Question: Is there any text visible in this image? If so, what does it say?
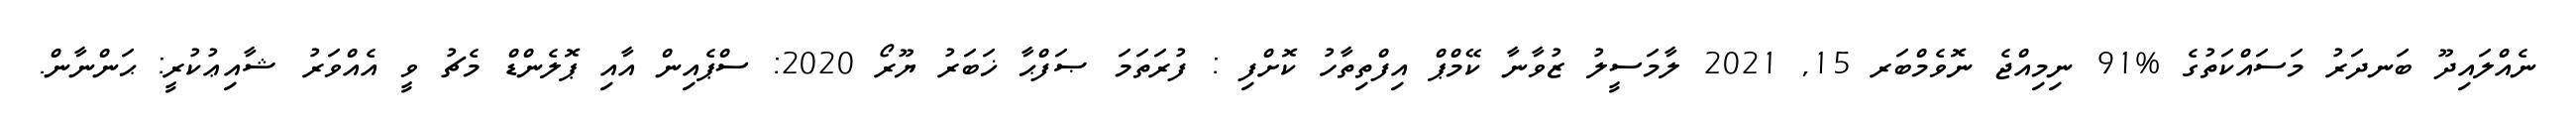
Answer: ނެއްލައިދޫ ބަނދަރު މަސައްކަތުގެ %91 ނިމިއްޖެ ނޮވެމްބަރ 15, 2021 ލާމަސީލު ޒުވާނާ ކޭމްޕް އިފްތިތާހު ކޮށްފި : ފުރަތަމަ ޞަފްޙާ ޚަބަރު ޔޫރޯ 2020: ސްޕެއިން އާއި ޕޮލެންޑް މެޗު ވީ އެއްވަރު ޝާއިޢުކުރީ: ޙަންނާން.